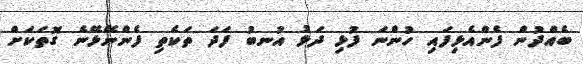
ބެއްދުން ފެންއެޅިފައި ހުންނަ ފުޅި ދަޅު އުނބު ފަދަ ތަކެތި ފެންނޭޅޭނެ ގޮތަކަށް